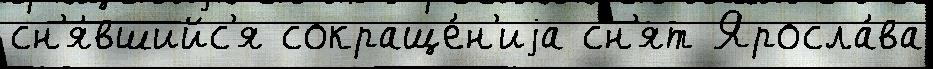
сн'я́вшийс'я сокраще́н'иjа сн'ят Яросла́ва